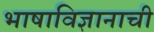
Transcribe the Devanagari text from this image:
भाषाविज्ञानाची